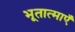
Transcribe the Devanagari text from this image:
भूतात्माएँ